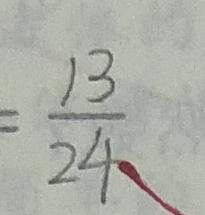
= \frac { 1 3 } { 2 4 }